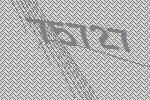
75727